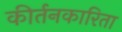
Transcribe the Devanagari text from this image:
कीर्तनकारिता